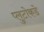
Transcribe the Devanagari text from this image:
प्लुटोकडे